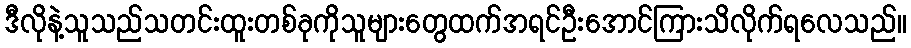
ဒီလိုနဲ့သူသည်သတင်းထူးတစ်ခုကိုသူများတွေထက်အရင်ဦးအောင်ကြားသိလိုက်ရလေသည်။